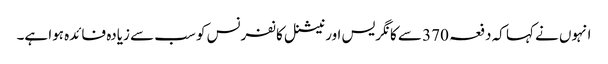
انہوں نے کہا کہ دفعہ 370 سے کانگریس اور نیشنل کانفرنس کو سب سے زیادہ فائدہ ہوا ہے۔